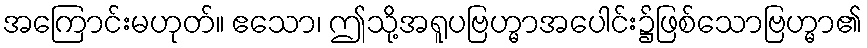
အကြောင်းမဟုတ်။ ဧသော၊ ဤသို့အရူပဗြဟ္မာအပေါင်း၌ဖြစ်သောဗြဟ္မာ၏